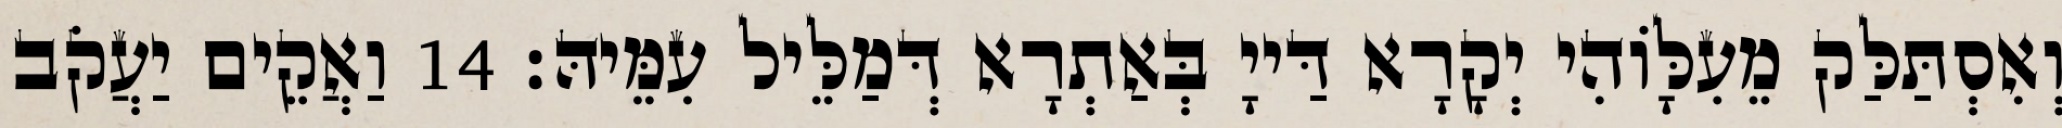
וְאִסְתַּלַּק מֵעִלָּוֹהִי יְקָרָא דַּייָ בְּאַתְרָא דְּמַלֵּיל עִמֵּיהּ׃ 14 וַאֲקֵים יַעֲקֹב